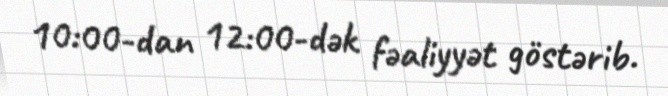
10:00-dan 12:00-dək fəaliyyət göstərib.